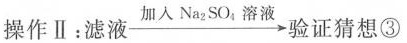
操作Ⅱ：滤液\xrightarrow{加入Na_{2}SO_{4}溶液}验证猜想③